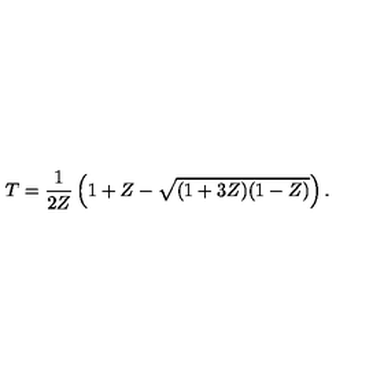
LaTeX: T = \frac { 1 } { 2 Z } \left( 1 + Z - \sqrt { ( 1 + 3 Z ) ( 1 - Z ) } \right) .